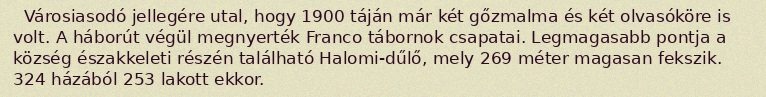
Városiasodó jellegére utal, hogy 1900 táján már két gőzmalma és két olvasóköre is volt. A háborút végül megnyerték Franco tábornok csapatai. Legmagasabb pontja a község északkeleti részén található Halomi-dűlő, mely 269 méter magasan fekszik. 324 házából 253 lakott ekkor.